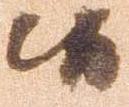
候